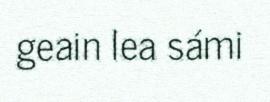
geain lea sámi